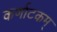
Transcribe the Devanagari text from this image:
कर्णाटकम्